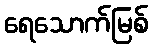
ရေသောက်မြစ်